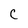
Character: C